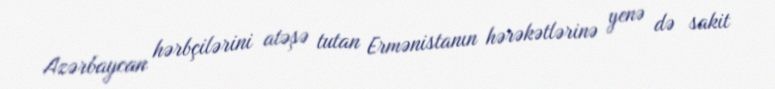
Azərbaycan hərbçilərini atəşə tutan Ermənistanın hərəkətlərinə yenə də sakit